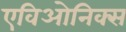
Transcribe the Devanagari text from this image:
एविओनिक्स